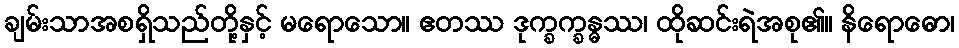
ချမ်းသာအစရှိသည်တို့နှင့် မရောသော။ ဧတဿ ဒုက္ခက္ခန္ဓဿ၊ ထိုဆင်းရဲအစု၏။ နိရောဓော၊